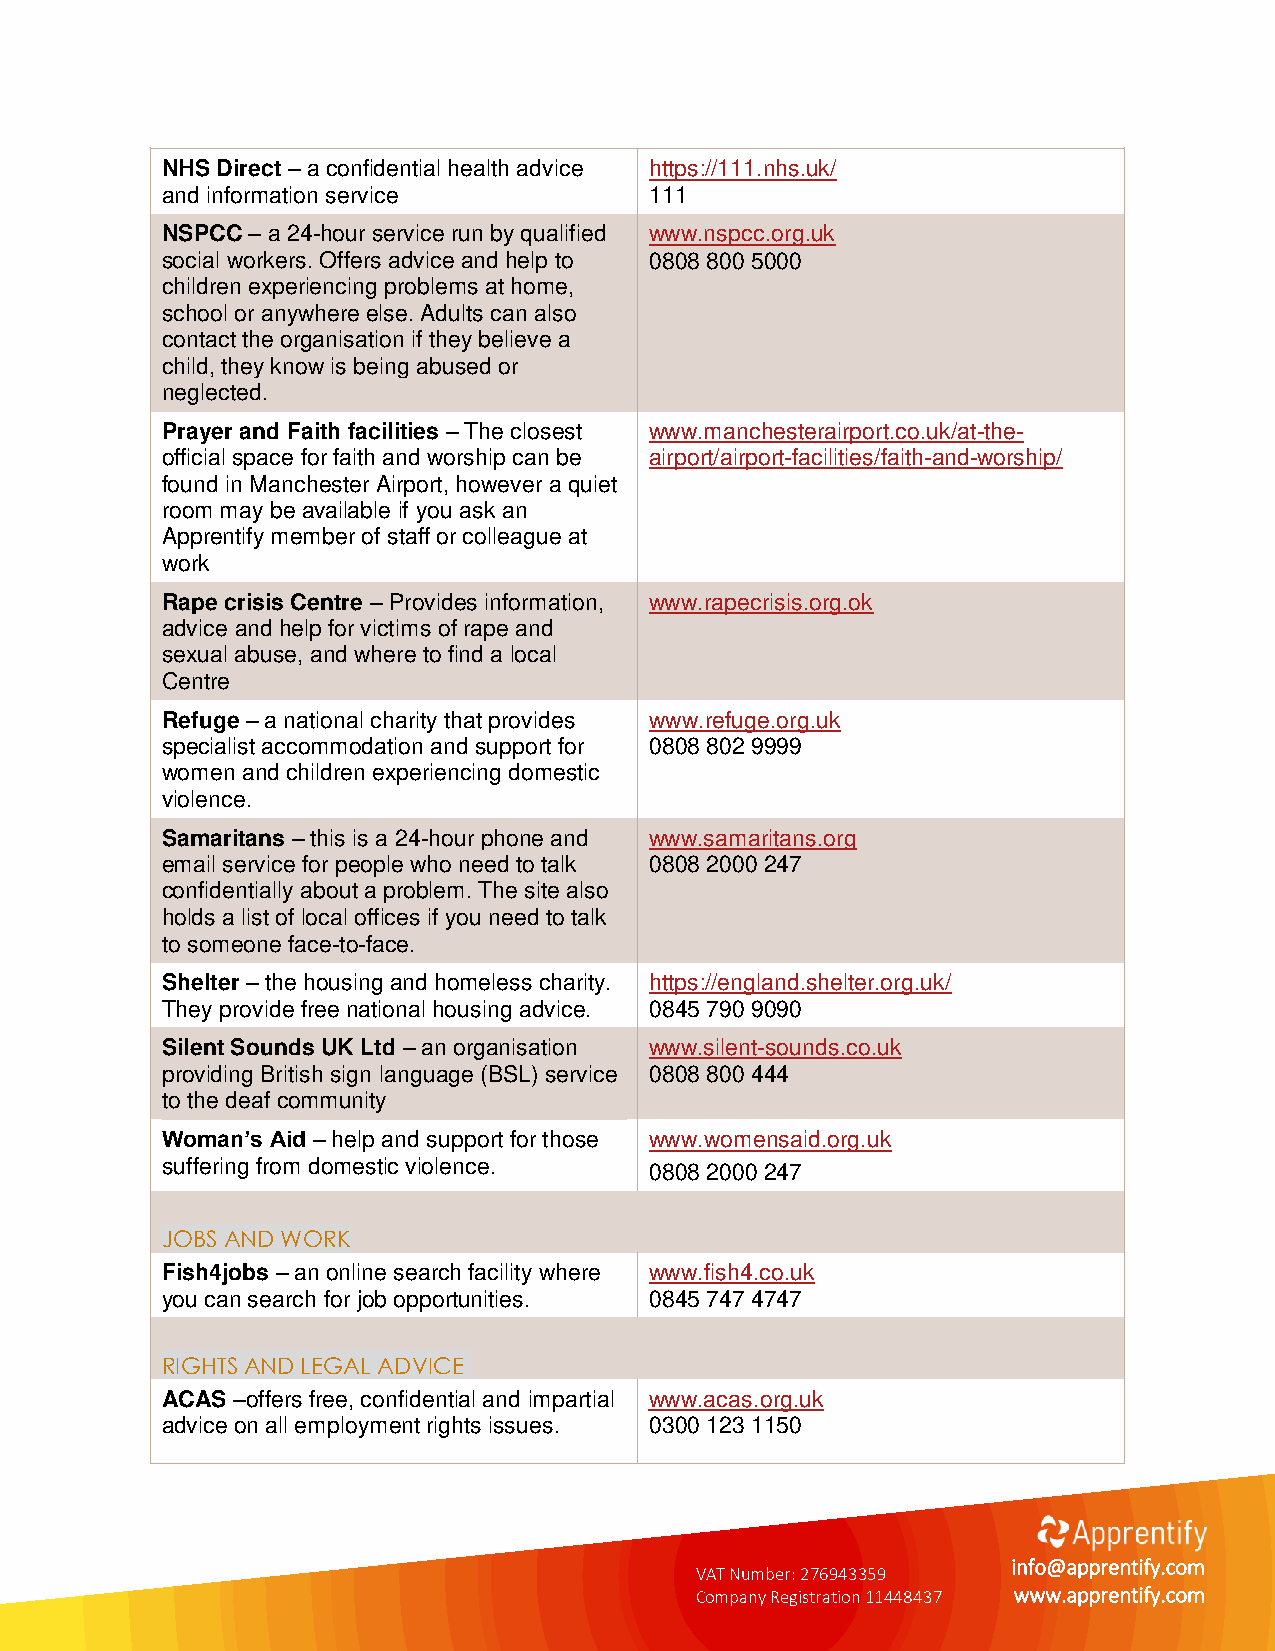
NHS Direct – a confidential health advice https://111.nhs.uk/
 and information service         111
 NSPCC – a 24-hour service run by qualified www.nspcc.org.uk
 social workers. Offers advice and help to 0808 800 5000
 children experiencing problems at home,
 school or anywhere else. Adults can also
 contact the organisation if they believe a
 child, they know is being abused or
 neglected.
 Prayer and Faith facilities – The closest www.manchesterairport.co.uk/at-the-
 official space for faith and worship can be airport/airport-facilities/faith-and-worship/
 found in Manchester Airport, however a quiet
 room may be available if you ask an
 Apprentify member of staff or colleague at
 work
 Rape crisis Centre – Provides information, www.rapecrisis.org.ok
 advice and help for victims of rape and
 sexual abuse, and where to find a local
 Centre
 Refuge – a national charity that provides www.refuge.org.uk
 specialist accommodation and support for 0808 802 9999
 women and children experiencing domestic
 violence.
 Samaritans – this is a 24-hour phone and www.samaritans.org
 email service for people who need to talk 0808 2000 247
 confidentially about a problem. The site also
 holds a list of local offices if you need to talk
 to someone face-to-face.
 Shelter – the housing and homeless charity. https://england.shelter.org.uk/
 They provide free national housing advice. 0845 790 9090
 Silent Sounds UK Ltd – an organisation www.silent-sounds.co.uk
 providing British sign language (BSL) service 0808 800 444
 to the deaf community
 Woman’s Aid – help and support for those www.womensaid.org.uk
 suffering from domestic violence. 0808 2000 247
 JOBS AND WORK
 Fish4jobs – an online search facility where www.fish4.co.uk
 you can search for job opportunities. 0845 747 4747
 RIGHTS AND LEGAL ADVICE
 ACAS –offers free, confidential and impartial www.acas.org.uk
 advice on all employment rights issues. 0300 123 1150
 VAT Number: 276943359
 info@apprentify.com
 Company Registration 11448437 www.apprentify.com